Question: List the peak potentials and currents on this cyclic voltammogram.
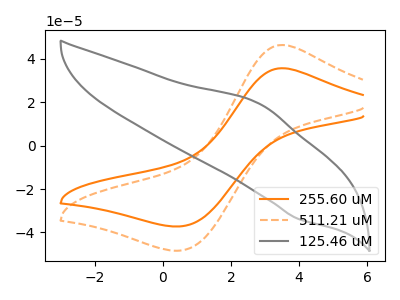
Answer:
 <answer>The orange curve "255.60 uM" has an anodic peak at (3.50V, 35.70uA) and a cathodic peak at (0.50V, -37.20uA). The orange dashed curve "511.21 uM" has an anodic peak at (3.50V, 46.40uA) and a cathodic peak at (0.50V, -48.35uA). The gray curve "125.46 uM" has an anodic peak at (2.80V, 19.50uA) and a cathodic peak at (4.00V, -33.80uA).</answer>
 <eval></eval>